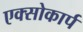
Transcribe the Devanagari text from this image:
एक्सोकार्प